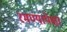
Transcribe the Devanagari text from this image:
रमण्यापेक्षा